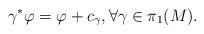
LaTeX: \begin{align*}\gamma^*\varphi=\varphi+c_\gamma, \forall \gamma\in \pi_1(M).\end{align*}